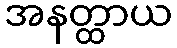
အနတ္ထာယ